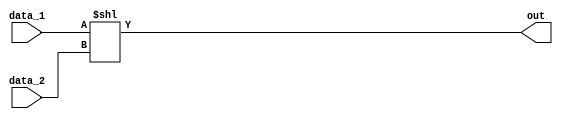
`timescale 1ns / 1ps
//////////////////////////////////////////////////////////////////////////////////
// Company: 
// Engineer: 
// 
// Design Name: 
// Module Name: ALU
// Project Name: 
// Target Devices: 
// Tool Versions: 
// Description: 
// 
// Dependencies: 
// 
// Revision:
// Revision 0.01 - File Created
// Additional Comments:
// 
//////////////////////////////////////////////////////////////////////////////////


module ALU(
    input [7:0] data_1,
    input [2:0] data_2,
    output [7:0] out
    );

assign out = data_1 << data_2;

endmodule